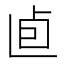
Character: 𠧠